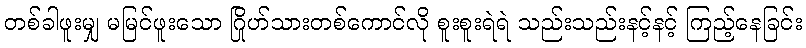
တစ်ခါဖူးမျှ မမြင်ဖူးသော ဂြိုဟ်သားတစ်ကောင်လို စူးစူးရဲရဲ သည်းသည်းနင့်နင့် ကြည့်နေခြင်း